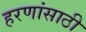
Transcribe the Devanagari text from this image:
हरणांसाठी